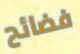
فضائح